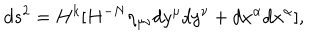
d s ^ { 2 } = H ^ { k } [ H ^ { - N } \eta _ { \mu \nu } d y ^ { \mu } d y ^ { \nu } + d x ^ { \alpha } d x ^ { \alpha } ] ,